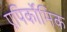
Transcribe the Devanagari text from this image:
एपिर्कोमिक